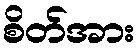
စိတ်အား